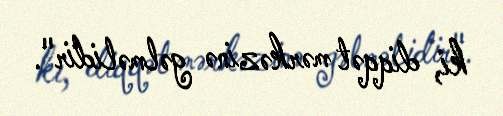
ki, diqqət mərkəzinə gəlməlidir".